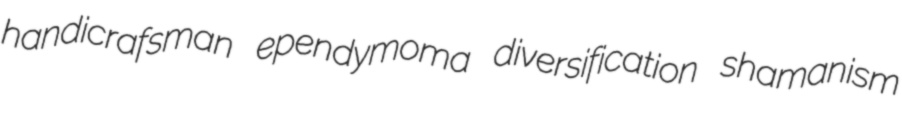
handicrafsman ependymoma diversification shamanism